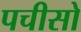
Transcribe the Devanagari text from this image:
पचीसो